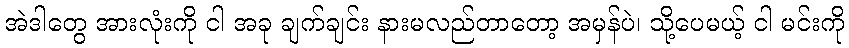
အဲဒါတွေ အားလုံးကို ငါ အခု ချက်ချင်း နားမလည်တာတော့ အမှန်ပဲ၊ သို့ပေမယ့် ငါ မင်းကို